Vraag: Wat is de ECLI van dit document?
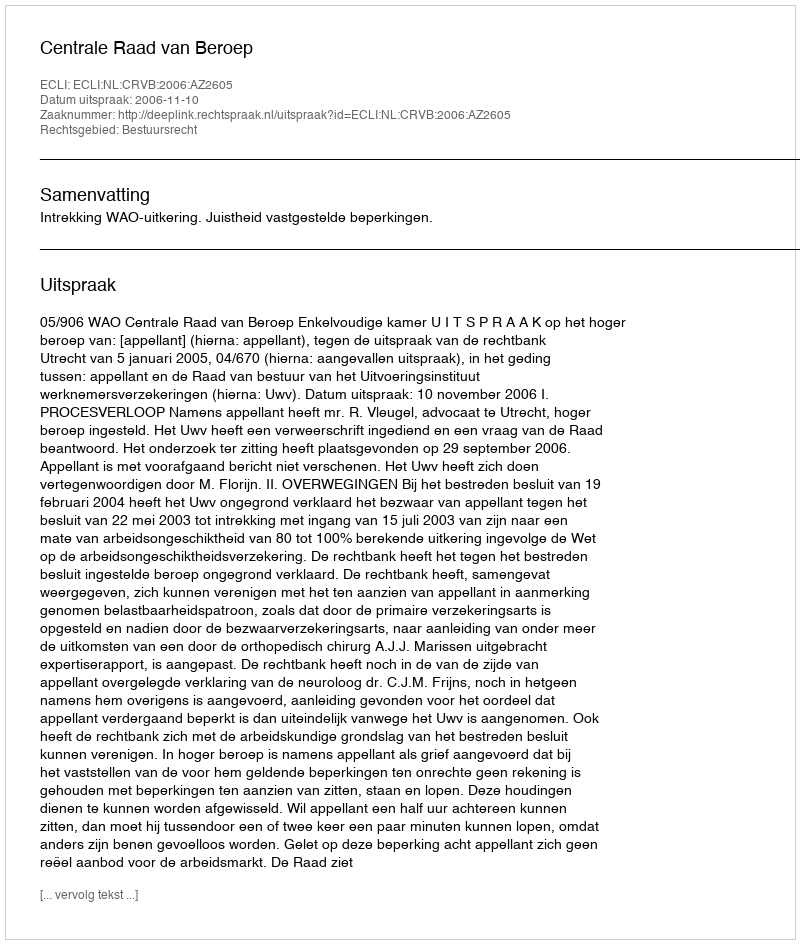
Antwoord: ECLI:NL:CRVB:2006:AZ2605